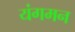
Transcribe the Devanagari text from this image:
यंगमन